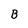
Character: B